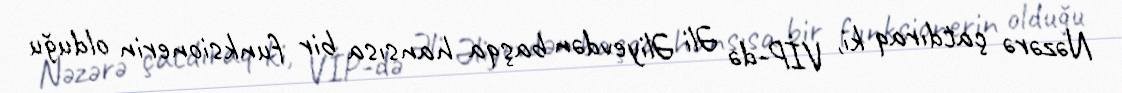
Nəzərə çatdıraq ki, VİP-də Əli Əliyevdən başqa hansısa bir funksionerin olduğu